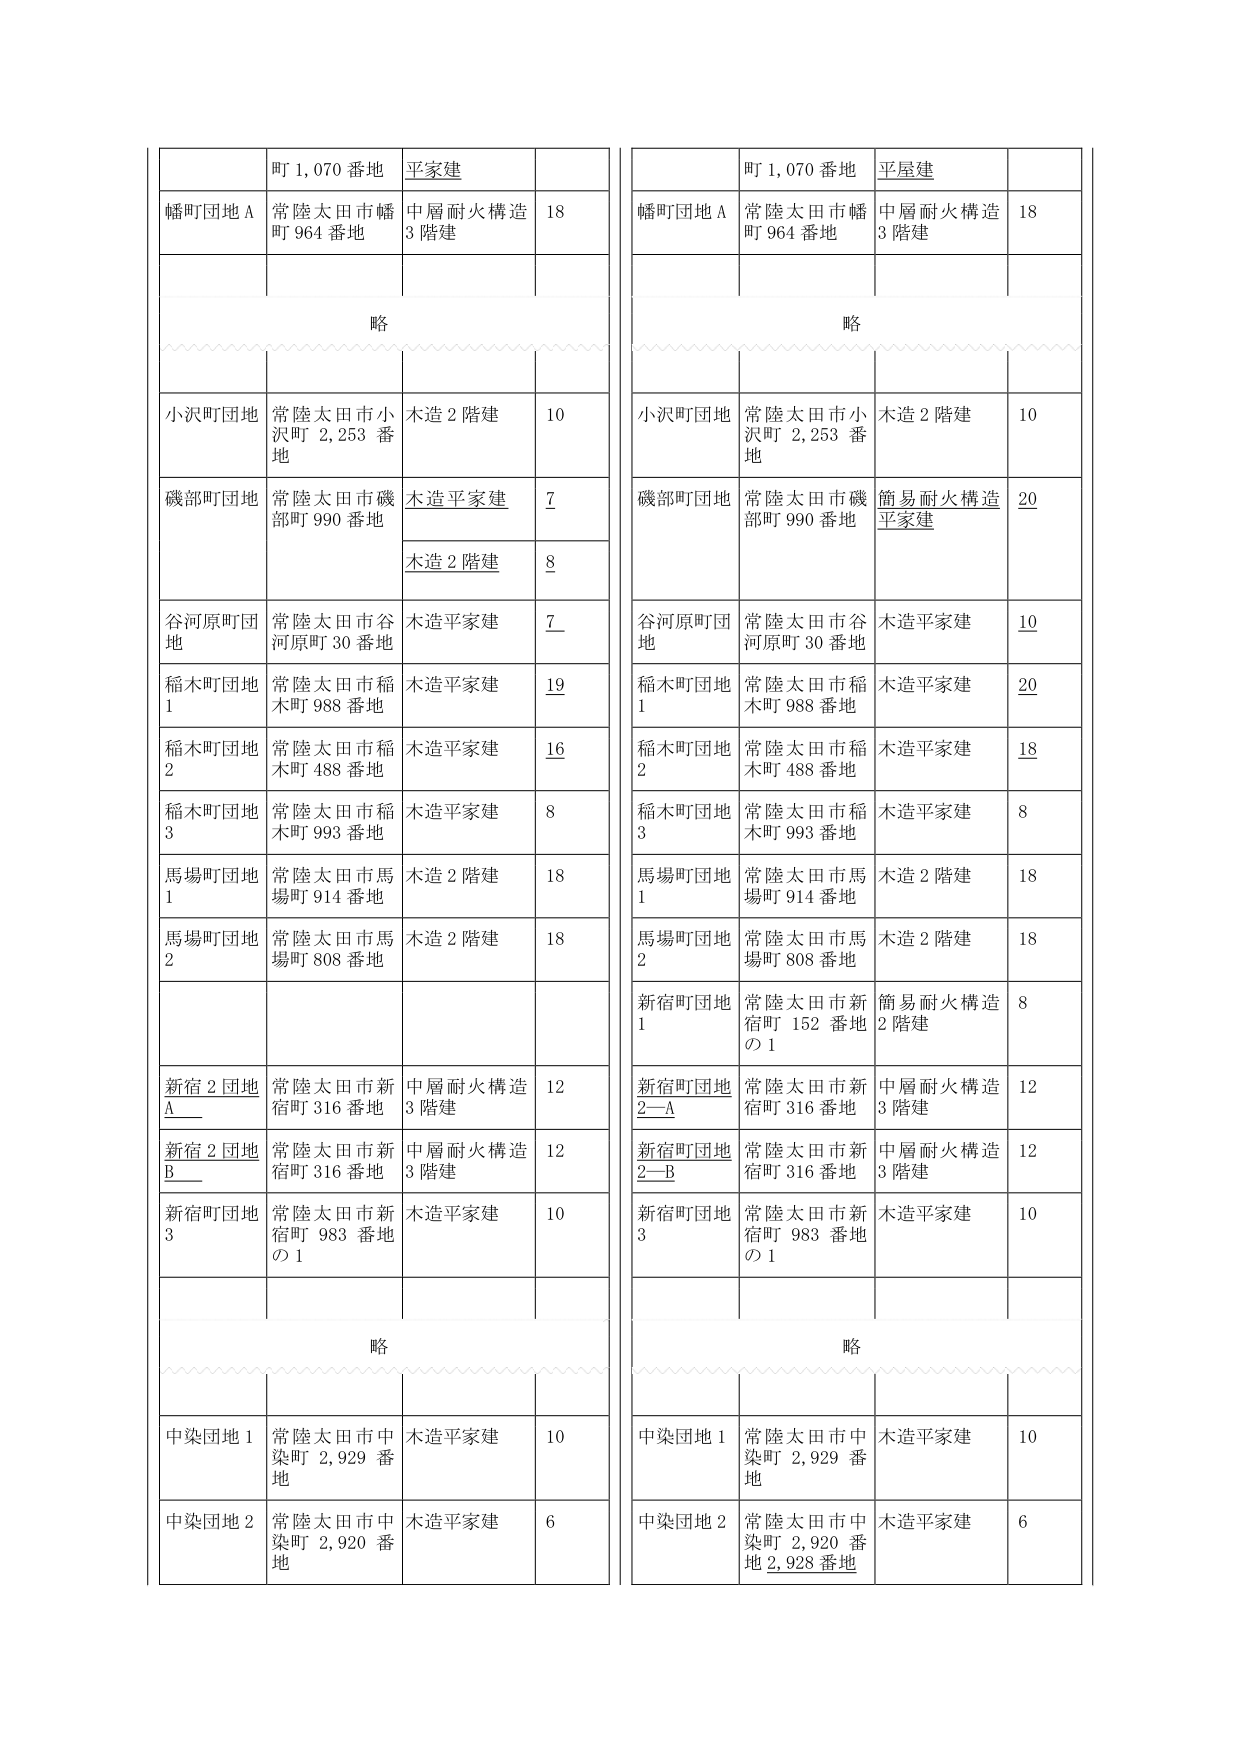
町 1,070 番地 平家建
幡町団地 A 常陸太田市幡町 964 番地 中層耐火構造 3 階建 18
略
小沢町団地 常陸太田市小沢町 2,253 番地 木造 2 階建 10
磯部町団地 常陸太田市磯部町 990 番地 木造平家建 7
木造 2 階建 8
谷河原町団地 常陸太田市谷河原町 30 番地 木造平家建 7
稲木町団地 1 常陸太田市稲木町 988 番地 木造平家建 19
稲木町団地 2 常陸太田市稲木町 488 番地 木造平家建 16
稲木町団地 3 常陸太田市稲木町 993 番地 木造平家建 8
馬場町団地 1 常陸太田市馬場町 914 番地 木造 2 階建 18
馬場町団地 2 常陸太田市馬場町 808 番地 木造 2 階建 18
新宿 2 団地 A 常陸太田市新宿町 316 番地 中層耐火構造 3 階建 12
新宿 2 団地 B 常陸太田市新宿町 316 番地 中層耐火構造 3 階建 12
新宿町団地 3 常陸太田市新宿町 983 番地の 1 木造平家建 10
略
中染団地 1 常陸太田市中染町 2,929 番地 木造平家建 10
中染団地 2 常陸太田市中染町 2,920 番地 木造平家建 6

町 1,070 番地 平屋建
幡町団地 A 常陸太田市幡町 964 番地 中層耐火構造 3 階建 18
略
小沢町団地 常陸太田市小沢町 2,253 番地 木造 2 階建 10
磯部町団地 常陸太田市磯部町 990 番地 簡易耐火構造 平家建 20
谷河原町団地 常陸太田市谷河原町 30 番地 木造平家建 10
稲木町団地 1 常陸太田市稲木町 988 番地 木造平家建 20
稲木町団地 2 常陸太田市稲木町 488 番地 木造平家建 18
稲木町団地 3 常陸太田市稲木町 993 番地 木造平家建 8
馬場町団地 1 常陸太田市馬場町 914 番地 木造 2 階建 18
馬場町団地 2 常陸太田市馬場町 808 番地 木造 2 階建 18
新宿町団地 1 常陸太田市新宿町 152 番地の 1 簡易耐火構造 2 階建 8
新宿町団地 2－A 常陸太田市新宿町 316 番地 中層耐火構造 3 階建 12
新宿町団地 2－B 常陸太田市新宿町 316 番地 中層耐火構造 3 階建 12
新宿町団地 3 常陸太田市新宿町 983 番地の 1 木造平家建 10
略
中染団地 1 常陸太田市中染町 2,929 番地 木造平家建 10
中染団地 2 常陸太田市中染町 2,920 番地 2,928 番地 木造平家建 6